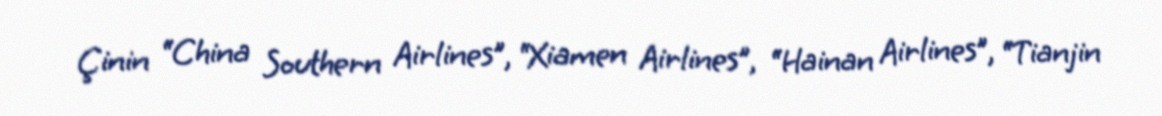
Çinin “China Southern Airlines”, “Xiamen Airlines”, “Hainan Airlines”, “Tianjin